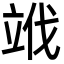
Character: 𥩱